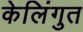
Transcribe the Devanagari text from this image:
केलिंगुत